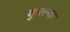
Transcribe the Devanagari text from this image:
कुरल्या